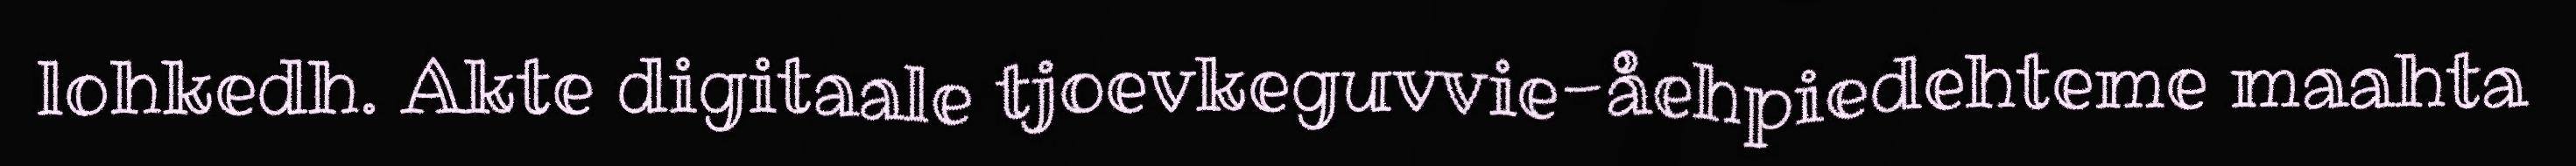
lohkedh. Akte digitaale tjoevkeguvvie-åehpiedehteme maahta